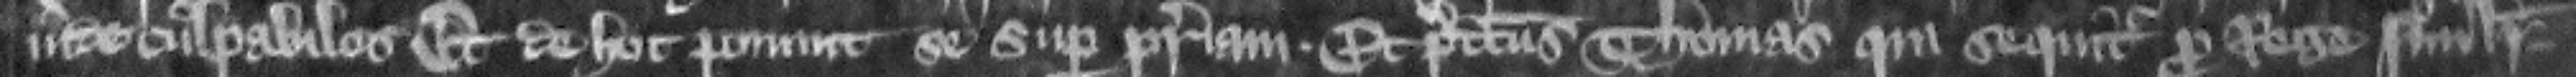
inde culpabiles. Et de hoc ponunt se super patriam. Et predictus Thomas qui sequitur pro rege similiter.